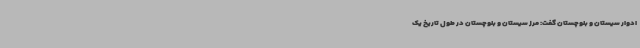
ادوار سیستان و بلوچستان گفت: مرز سیستان و بلوچستان در طول تاریخ یک